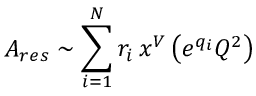
A _ { r e s } \sim \sum _ { i = 1 } ^ { N } r _ { i } \, x ^ { V } \left( e ^ { q _ { i } } Q ^ { 2 } \right)